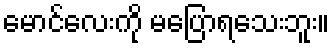
မောင်လေးကို မပြောရသေးဘူး။